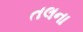
તલના